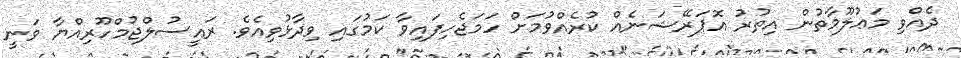
ދެއްވި މަޢުލޫމާތުން އިތުރު އޮޕަރޭޝަނެއް ކުރެއްވުމަށް ހަމަޖެހިފައިވާ ކަމުގައި ވިދާޅުވިއެވެ. ރައީސުލްޖުމްހޫރިއްޔާ ވަނީ